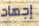
إجهاد